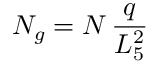
N _ { g } = N \, { \frac { q } { L _ { 5 } ^ { 2 } } }